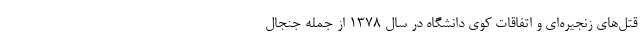
قتل‌های زنجیره‌ای و اتفاقات کوی دانشگاه در سال ۱۳۷۸ از جمله جنجال